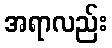
အရာလည်း